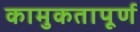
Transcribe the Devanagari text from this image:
कामुकतापूर्ण